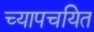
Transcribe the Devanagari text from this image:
च्यापचयित